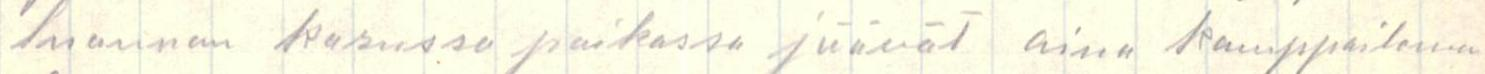
luonnon karussa paikassa jäävät aina kamppailema